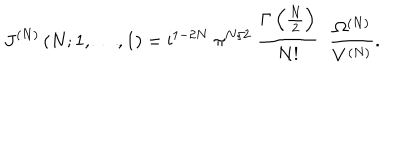
J ^ { ( N ) } \left( N ; 1 , \ldots , 1 \right) = \mathrm { i } ^ { 1 - 2 N } \; \pi ^ { N / 2 } \; \frac { \Gamma \left( { \textstyle { \frac { N } { 2 } } } \right) } { N ! } \; \; \frac { \Omega ^ { ( N ) } } { V ^ { ( N ) } } .